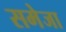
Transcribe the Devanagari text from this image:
समेजा